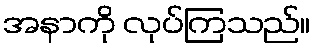
အနာကို လုပ်ကြသည်။